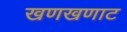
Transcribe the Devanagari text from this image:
खणखणाट